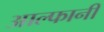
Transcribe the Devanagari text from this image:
आल्फानी